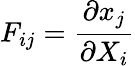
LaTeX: F_{ij}=\frac{\partial x_{j}}{\partial X_{i}}